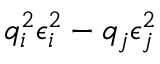
q _ { i } ^ { 2 } \epsilon _ { i } ^ { 2 } - { q _ { j } } \epsilon _ { j } ^ { 2 }